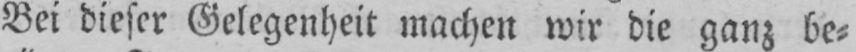
Bei dieser Gelegenheit machen wir die ganz be⸗